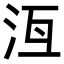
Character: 𬇛